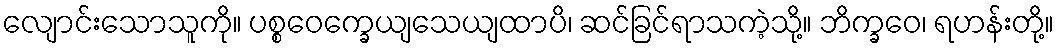
လျောင်းသောသူကို။ ပစ္စဝေက္ခေယျသေယျထာပိ၊ ဆင်ခြင်ရာသကဲ့သို့။ ဘိက္ခဝေ၊ ရဟန်းတို့။